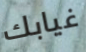
غيابك